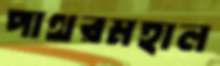
পাথরমহাল